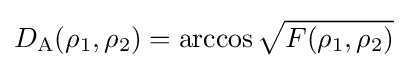
D_{\text{A}}(\rho _{1},\rho _{2})=\arccos {\sqrt {F(\rho _{1},\rho _{2})}}